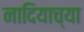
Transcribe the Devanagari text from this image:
नादियाच्या